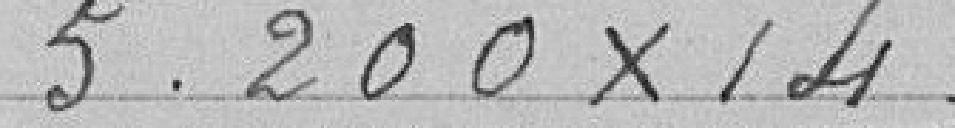
5.200 x 14